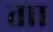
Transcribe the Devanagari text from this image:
ताा